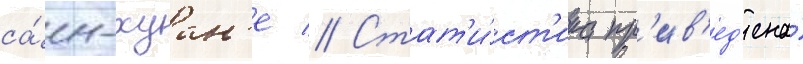
са́н-хуан'е // Стат'и́ст'ика пр'ив'ед'ена́